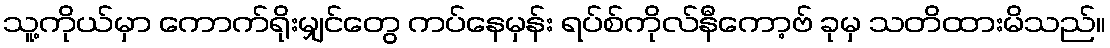
သူ့ကိုယ်မှာ ကောက်ရိုးမျှင်တွေ ကပ်နေမှန်း ရပ်စ်ကိုလ်နီကော့ဗ် ခုမှ သတိထားမိသည်။